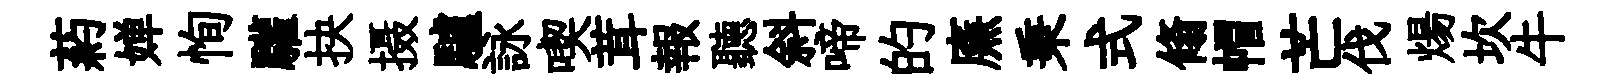
葯婵恂驩抉摄驢詠喫茸報聽斜啼的㢘秉式翛帽芒伐煬坎牛